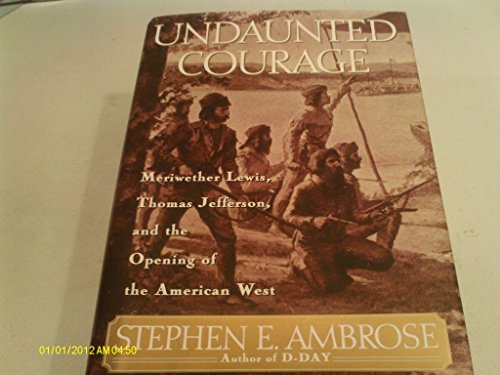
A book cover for Undaunted Courage: Meriwether Lewis, Thomas Jefferson, and the Opening of the American West (Lewis & Clark Expedition); Stephen E. Ambrose; History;